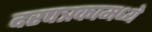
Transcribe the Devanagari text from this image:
दरपत्रकामध्ये